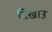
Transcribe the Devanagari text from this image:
दिखाउ